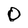
Character: 0